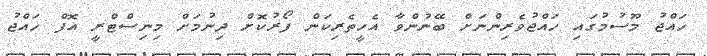
ހައްޖު މޫސުމުގައި ހައްޖުވެރިންނަށް ބޭނުންވާ އެހީތެރިކަން ފޯރުކޮށް ދިނުމަށް މިނިސްޓްރީ އޮފް ހައްޖު